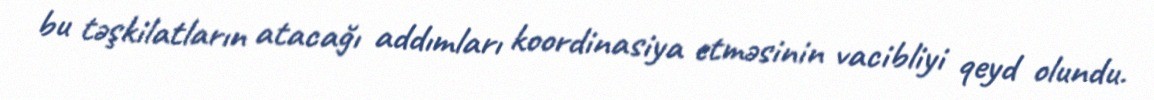
bu təşkilatların atacağı addımları koordinasiya etməsinin vacibliyi qeyd olundu.